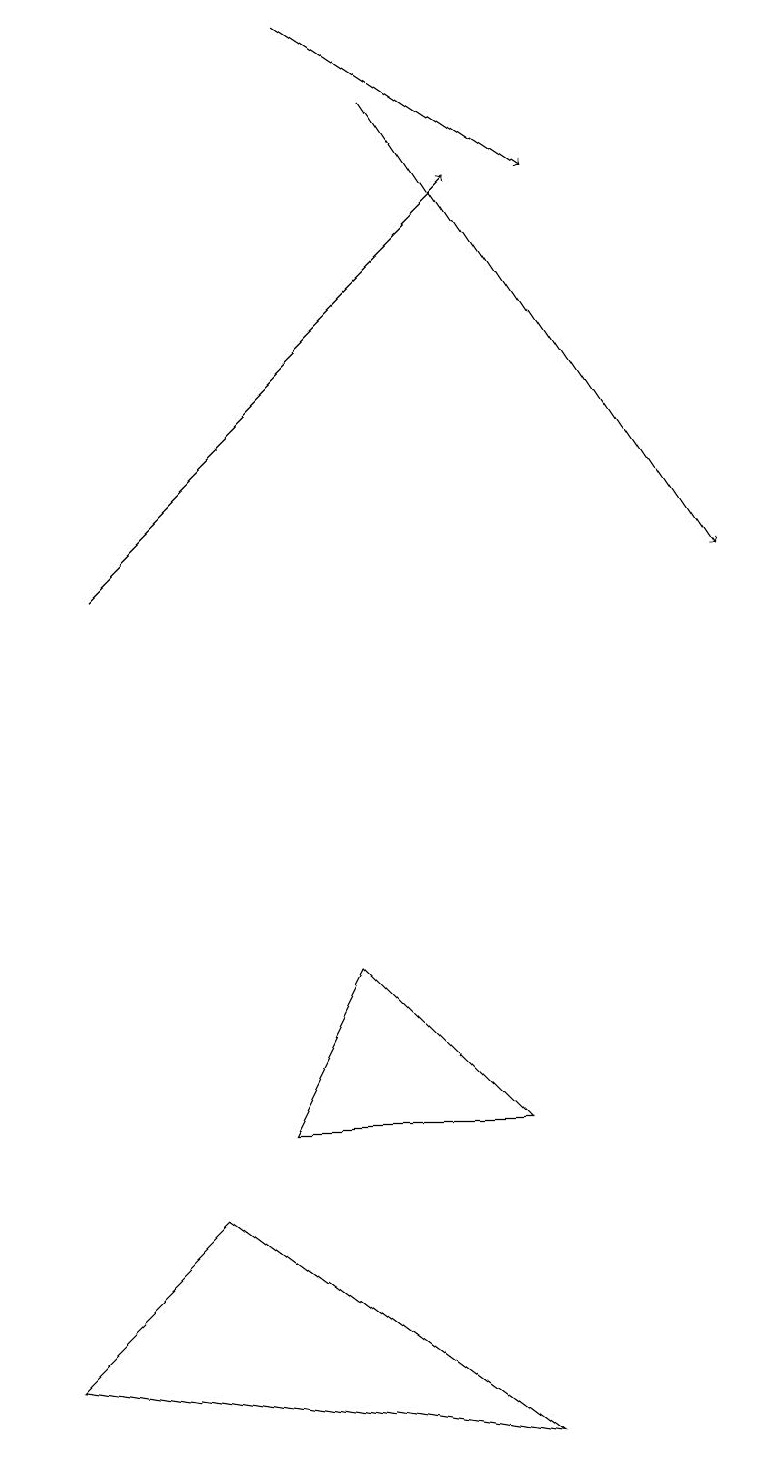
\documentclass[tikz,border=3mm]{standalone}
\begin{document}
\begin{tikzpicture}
\draw[->] (4,19) -- (7,17);
\draw (3,5) -- (4,7) -- (6,5) -- cycle;
\draw (0,2) -- (2,4) -- (6,1) -- cycle;
\draw[->] (1,12) -- (6,17);
\draw[->] (5,18) -- (9,12);
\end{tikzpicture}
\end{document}